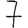
Digit: 7